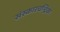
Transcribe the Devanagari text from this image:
संस्कारचन्द्रिका